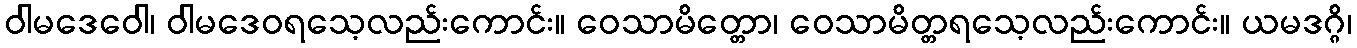
ဝါမဒေဝေါ၊ ဝါမဒေဝရသေ့လည်းကောင်း။ ဝေသာမိတ္တော၊ ဝေသာမိတ္တရသေ့လည်းကောင်း။ ယမဒဂ္ဂိ၊